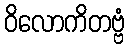
ဝိလောကိတဗ္ဗံ